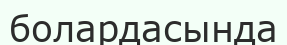
болардасында